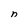
Character: n